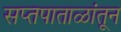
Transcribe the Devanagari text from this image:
सप्तपाताळांतून